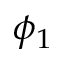
\phi _ { 1 }